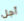
أجل